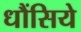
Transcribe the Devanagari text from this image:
धौंसिये